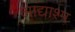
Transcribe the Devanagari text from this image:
आद्याश्म